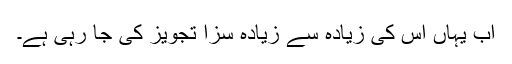
اب یہاں اس کی زیادہ سے زیادہ سزا تجویز کی جا رہی ہے۔